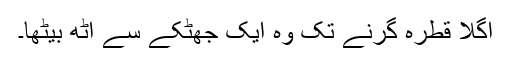
اگلا قطرہ گرنے تک وہ ایک جھٹکے سے اٹھ بیٹھا۔